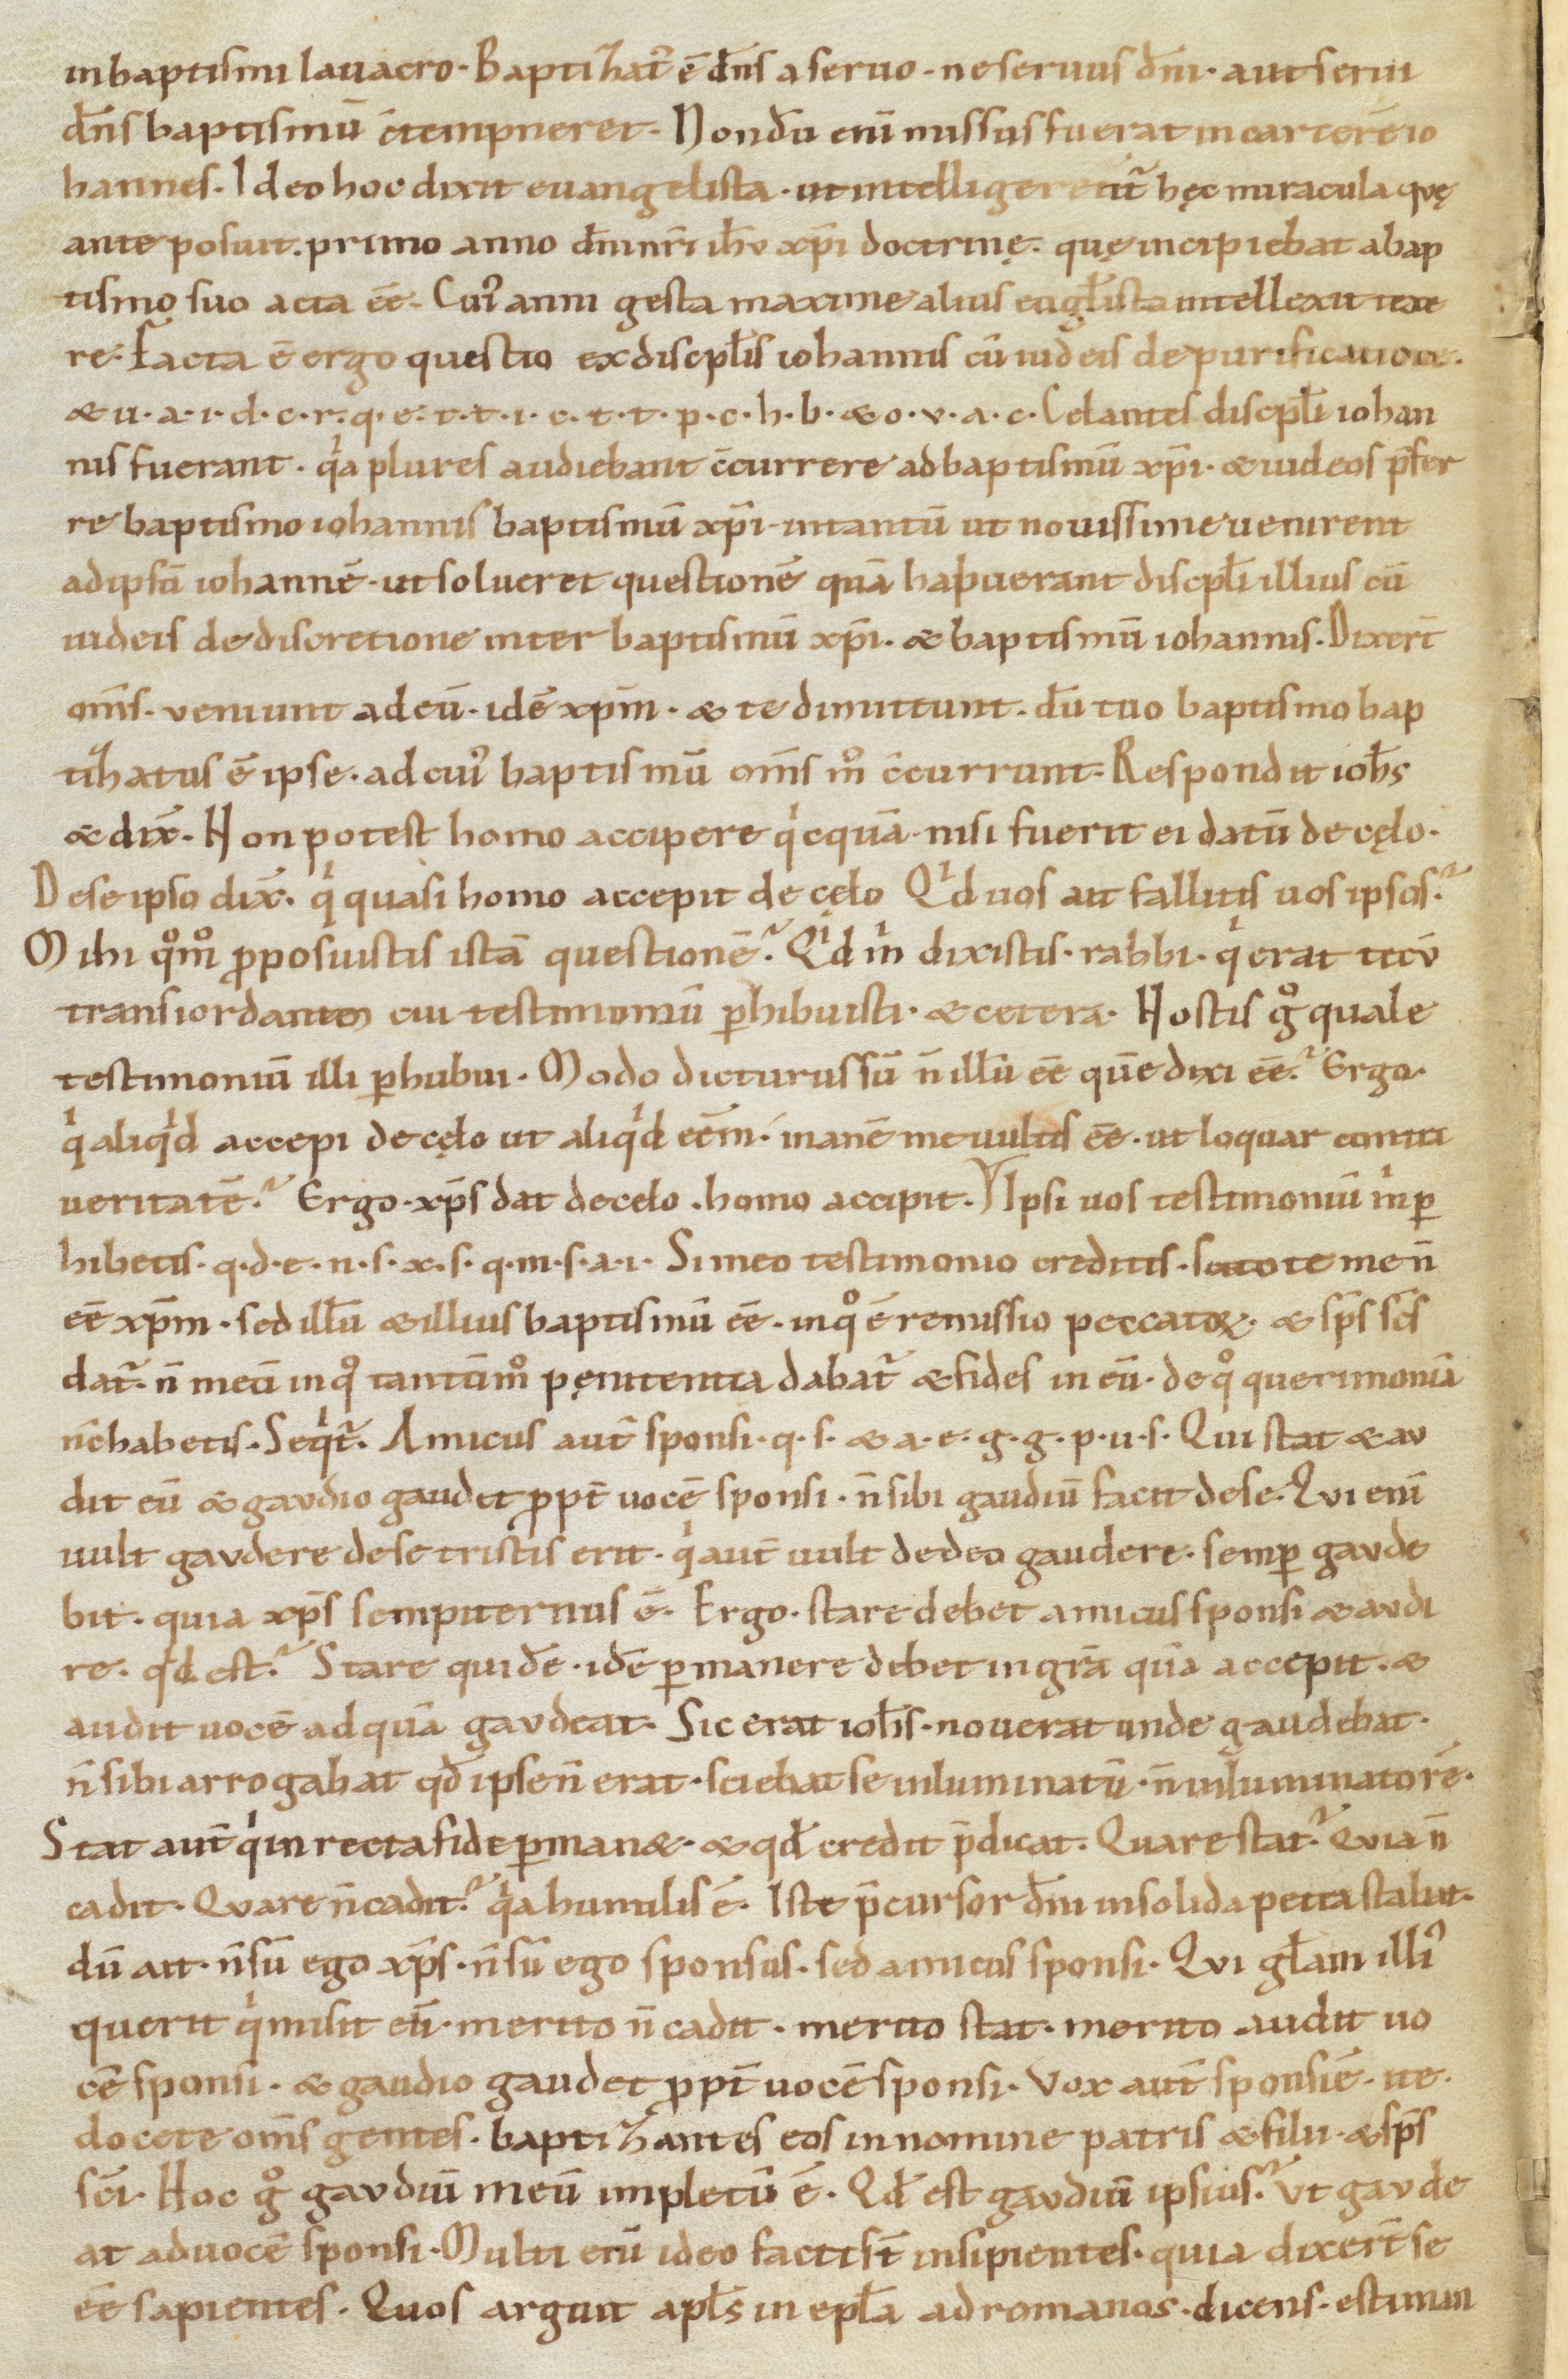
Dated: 1100–1199